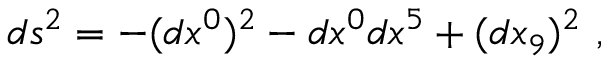
d s ^ { 2 } = - ( d x ^ { 0 } ) ^ { 2 } - d x ^ { 0 } d x ^ { 5 } + ( d x _ { 9 } ) ^ { 2 } \ ,